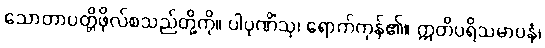
သောတာပတ္တိဖိုလ်စသည်တို့ကို။ ပါပုဏိံသု၊ ရောက်ကုန်၏။ ဣတိပရိသမာပနံ၊